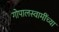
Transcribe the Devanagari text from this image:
गोपालस्वामींच्या